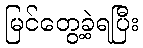
မြင်တွေ့ခဲ့ရပြီး